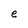
Character: e